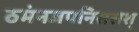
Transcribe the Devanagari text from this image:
ठमंनजपनिससश्